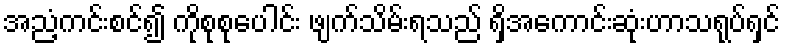
အညံ့ကင်းစင်၍ ကိုစုစုပေါင်း ဖျက်သိမ်းရသည် ရှိအကောင်းဆုံးဟာသရုပ်ရှင်